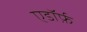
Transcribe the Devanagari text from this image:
एडॉर्फ़